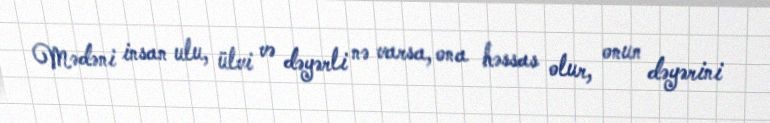
Mədəni insan ulu, ülvi və dəyərli nə varsa, ona həssas olur, onun dəyərini